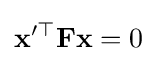
\mathbf {x} '^{\top }\mathbf {Fx} =0